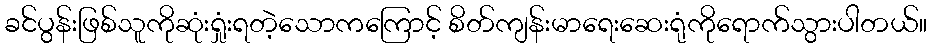
ခင်ပွန်းဖြစ်သူကိုဆုံးရှုံးရတဲ့သောကကြောင့် စိတ်ကျန်းမာရေးဆေးရုံကိုရောက်သွားပါတယ်။